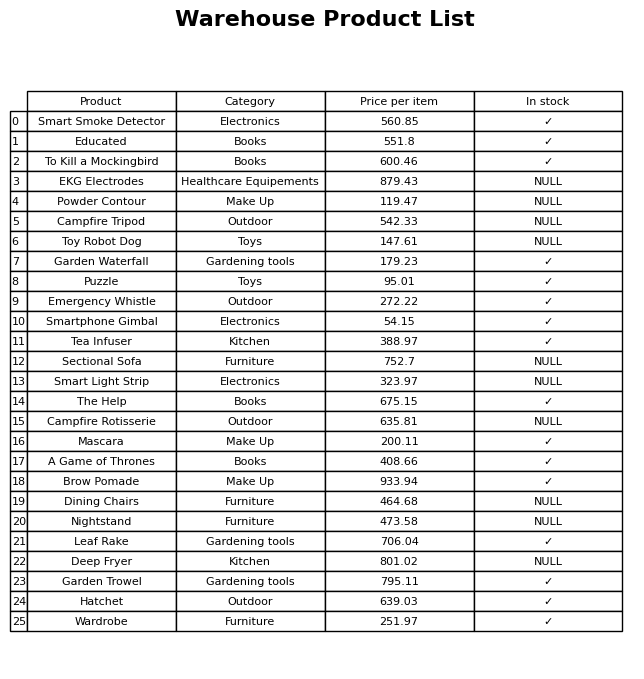
question: What is the price for Tea Infuser?
answer: The price of Tea Infuser is 388.97.